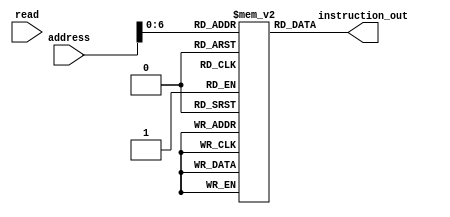
module instruction_memory(
	input read,
	input [15:0] address,
	output [15:0] instruction_out
); 
	
//Initiating the instruction memory
reg [15:0] inst_memory [0:99];    
	
//Assembly code
initial   
    begin
        inst_memory[0] = 0;      //SETN
        inst_memory[1] = 998 ;   //Address N
        inst_memory[2] = 1 ;     //SETC
        inst_memory[3] = 999;    //Address C
        inst_memory[4] = 5 ;     //RNGI
        inst_memory[5] = 7 ;     //ENDI
        inst_memory[6] = 6 ;     //STRTI
        inst_memory[7] = 24 ;    //RSTJ
        inst_memory[8] = 2  ;    //SETTP1
        inst_memory[9] = 3 ;     //SETTP2
        inst_memory[10] = 4 ;   //SETTP3
        inst_memory[11] = 8  ;  //LDACTP1
        inst_memory[12] = 12;    //MVACTR
        inst_memory[13] = 9 ;   //LDACTP2
        inst_memory[14] = 17 ;   //MUL
        inst_memory[15] = 26 ;   //MVTR2
        inst_memory[16] = 18 ;   //ADD
        inst_memory[17] = 27 ;   //MVACTR2
        inst_memory[18] = 13 ;   //MVCOUNT
        inst_memory[19] = 11 ;   //LDN
        inst_memory[20] = 19 ;   //SUB
        inst_memory[21] = 21;    //JNPZ
        inst_memory[22] = 11 ;   // 11
        inst_memory[23] = 28 ;   //LDTR2
        inst_memory[24] = 20 ;   //STAC
        inst_memory[25] = 14 ;   //MVJ
        inst_memory[26] = 11 ;   //LDN
        inst_memory[27] = 19 ;   //SUB
        inst_memory[28] = 21 ;   //JNPZ
        inst_memory[29] = 8 ;    //8
        inst_memory[30] = 16 ;   //MVIE
        inst_memory[31] = 15 ;   //MVI
        inst_memory[32] = 19 ;   //SUB
        inst_memory[33] = 21 ;   //JNPZ
        inst_memory[34] = 7  ;   //7
        inst_memory[35] = 25 ;   //END
    end
	
assign instruction_out = inst_memory[address];
	
		
endmodule